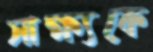
সাক্ষ্যকে